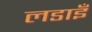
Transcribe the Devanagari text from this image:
लडाइँ